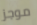
موجز